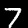
Digit: 7